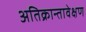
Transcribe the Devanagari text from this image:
अतिक्रान्तावेक्षण